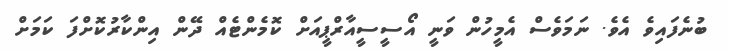
ބުނެފައިވެ އެވެ. ނަމަވެސް އެމީހުން ވަނީ އޯސީސީއާރްޕީއަށް ކޮމެންޓެއް ދޭން އިންކާރުކޮށްފަ ކަމަށް